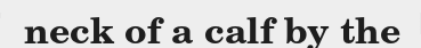
neck of a calf by the